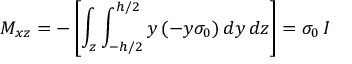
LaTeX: M _ { x z } = - \left[ \int _ { z } \int _ { - h / 2 } ^ { h / 2 } y \, ( - y \sigma _ { 0 } ) \, d y \, d z \right] = \sigma _ { 0 } \, I